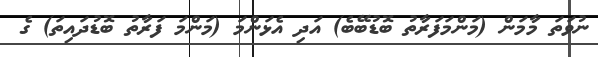
ނުވަތަ މާމަން (މަންމަފަރާތު ބޮޑުބޭބެ) އަދި އެޅަންމަ (މަންމަ ފަރާތު ބޮޑުދައިތަ) ގެ